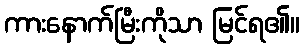
ကားနောက်မြီးကိုသာ မြင်ရ၏။